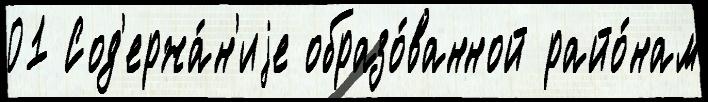
01 Сод'ержа́н'иjе образо́ванной райо́нам